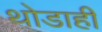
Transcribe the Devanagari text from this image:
थोडाही